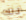
ذلك